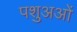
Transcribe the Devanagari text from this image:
पशुअओं